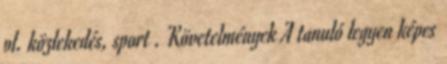
pl. közlekedés, sport . Követelmények A tanuló legyen képes